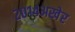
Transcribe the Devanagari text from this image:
२०१४अखेर